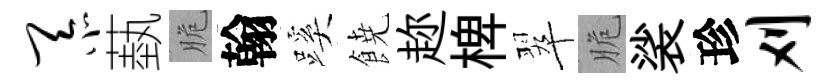
忝蓺脆翰蹊𩜙趂椑翠脆裟珍刈